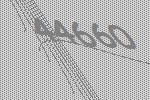
44660